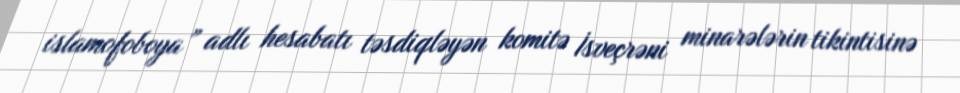
islamofoboya” adlı hesabatı təsdiqləyən komitə İsveçrəni minarələrin tikintisinə